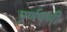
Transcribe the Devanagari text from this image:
पूर्णपणी